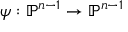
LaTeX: \psi : \mathbb { P } ^ { n - 1 } \to \mathbb { P } ^ { n - 1 }